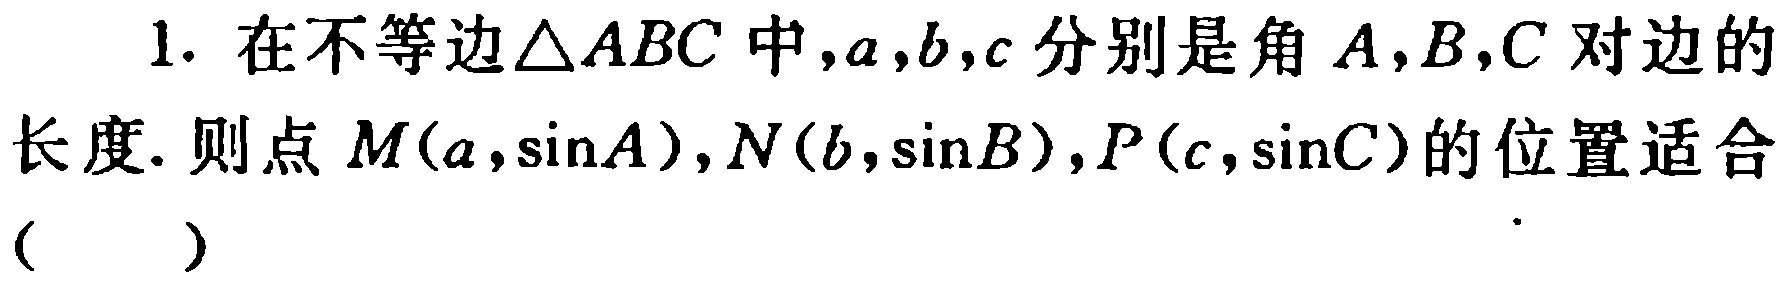
1. 在不等边\(\triangle ABC\)中，\(a,b,c\)分别是角\(A,B,C\)对边的

长度. 则点\(M(a,\sin A)\)，\(N(b,\sin B)\)，\(P(c,\sin C)\)的位置适合

( )